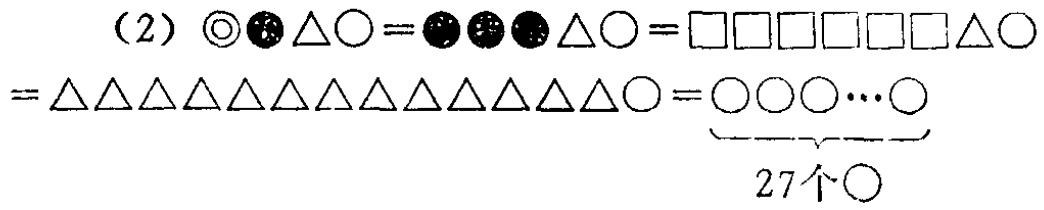
（2）$\circledcirc\blacksun\bigtriangleup\bigcirc=\blacksun\blacksun\blacksun\bigtriangleup\bigcirc=\square\square\square\square\square\square\bigtriangleup\bigcirc=\bigtriangleup\bigtriangleup\bigtriangleup\bigtriangleup\bigtriangleup\bigtriangleup\bigtriangleup\bigtriangleup\bigtriangleup\bigtriangleup\bigtriangleup\bigtriangleup\bigcirc=\underbrace{\bigcirc\bigcirc\bigcirc\cdots\bigcirc}_{27个\bigcirc}$